Civil Veterinary Dept. Assam report 1927-50 - 1927-1950
Year: 1927
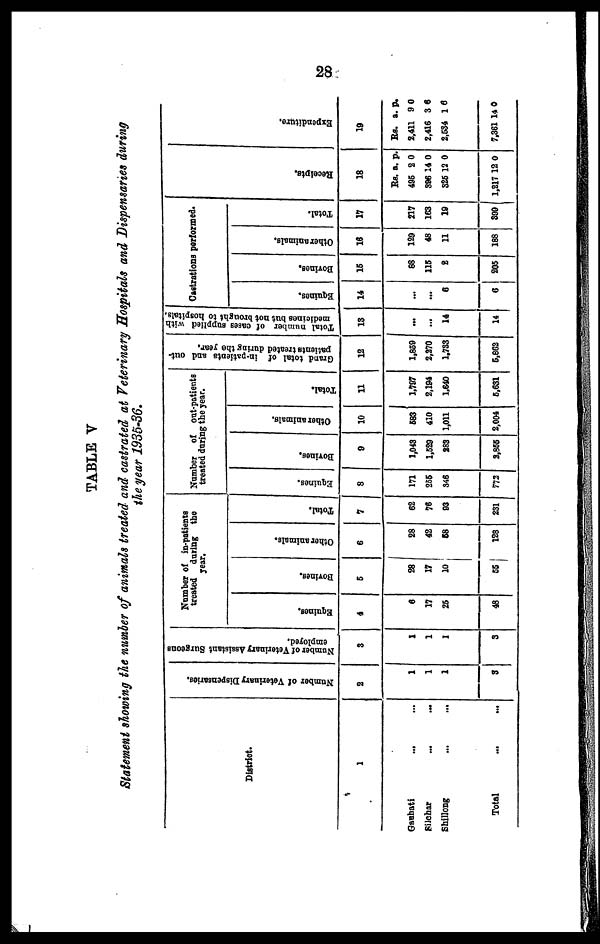
28
TABLE V
Statement showing the number of animals treated and castrated at Veterinary Hospitals and Dispensaries during
the year 1935-36.
District.
1
Gauhati
...
...
Silehar
...
...
Shillong
...
...
Total
...
...
Number of Veterinary Dispensaries.
2
1
1
1
3
Number of Veterinary Assistant Surgeons
employed.
3
1
1
1
3
Number of in-patients
treated
during the
year.
Equines.
4
6
17
25
48
Bovines.
5
28
17
10
55
Other animals.
6
28
42
68
128
Total.
7
62
76
93
231
Number
of out-patients
treated during the year.
Equines.
8
171
255
346
772
Bovines.
9
1,043
1,529
283
2,855
Other animals.
10
583
410
1,011
2,004
Total.
11
1,797
2,194
1,640
5,631
Grand total of in-patients and out-
patients treated during the year,
12
1,859
2,270
1,733
5,862
Total number of cases supplied with
medicines but not brought to hospitals.
13
...
...
14
14
Castrations performed.
Equines.
14
...
...
6
6
Bovines.
15
88
115
2
205
Other animals.
16
129
48
11
188
Total.
17
217
163
19
399
Recei pt s .
18
Rs.
495
396
325
1,217
a.
2
14
12
12
p.
0
0
0
0
Expe ndi t
ur e .
19
Rs.
2,411
2,416
2,534
7,361
a.
9
3
1
14
p.
0
6
6
0